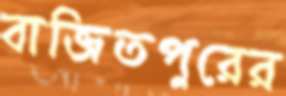
বাজিতপুরের